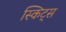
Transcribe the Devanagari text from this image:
स्किट्स